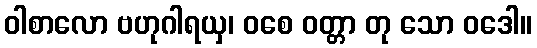
ဝါစာလော ဗဟုဂါရယှ၊ ဝစေ ဝတ္တာ တု သော ဝဒေါ။